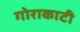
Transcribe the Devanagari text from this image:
गोराकाटी